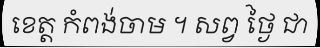
ខេត្ត កំពង់ចាម ។ សព្វ ថ្ងៃ ជា